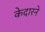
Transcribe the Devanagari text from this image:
केदारने